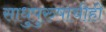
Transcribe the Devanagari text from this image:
साधुपुरुषाचीही